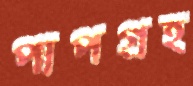
পাপগ্রহ